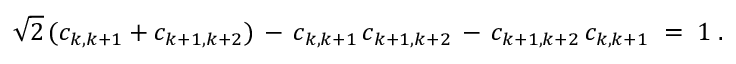
\sqrt { 2 } \, ( c _ { k , k + 1 } + c _ { k + 1 , k + 2 } ) \, - \, c _ { k , k + 1 } \, c _ { k + 1 , k + 2 } \, - \, c _ { k + 1 , k + 2 } \, c _ { k , k + 1 } \; = \; 1 \; .